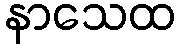
နာသေထ